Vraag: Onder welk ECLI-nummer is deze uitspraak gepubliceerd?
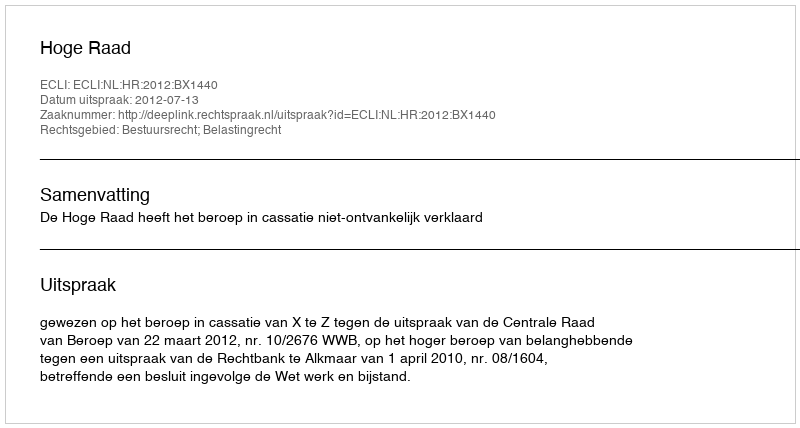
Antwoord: ECLI:NL:HR:2012:BX1440